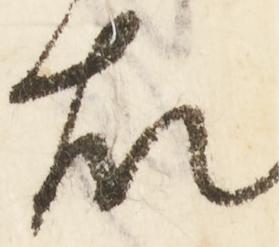
故